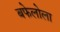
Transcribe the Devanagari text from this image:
बफेलोला